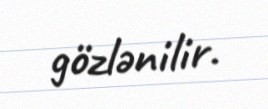
gözlənilir.